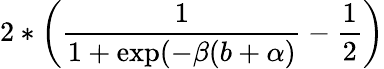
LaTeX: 2*\left(\frac{1}{1+\exp(-\beta(b+\alpha)}-\frac{1}{2}\right)